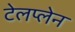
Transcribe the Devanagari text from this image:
टेलप्लेन